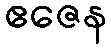
ဧဇေန